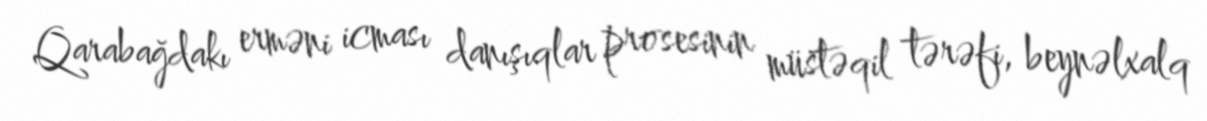
Qarabağdakı erməni icması danışıqlar prosesinin müstəqil tərəfi, beynəlxalq